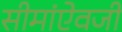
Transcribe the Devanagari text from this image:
सीमांऐवजी